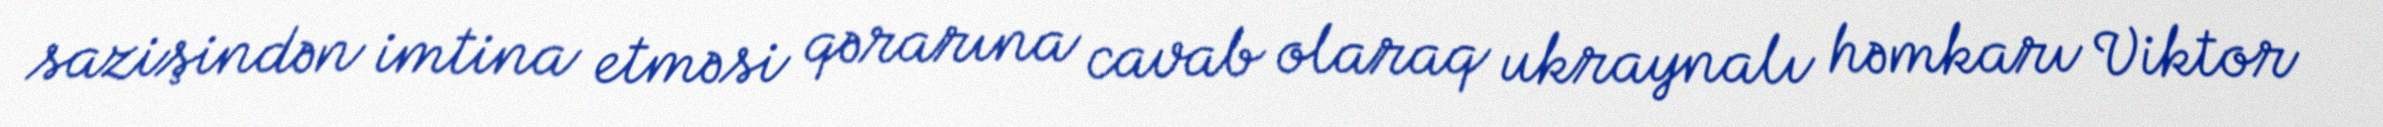
sazişindən imtina etməsi qərarına cavab olaraq ukraynalı həmkarı Viktor